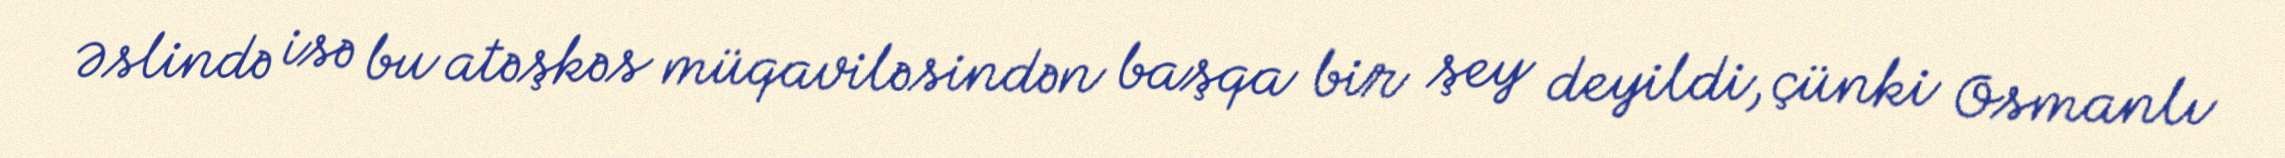
Əslində isə bu atəşkəs müqaviləsindən başqa bir şey deyildi, çünki Osmanlı